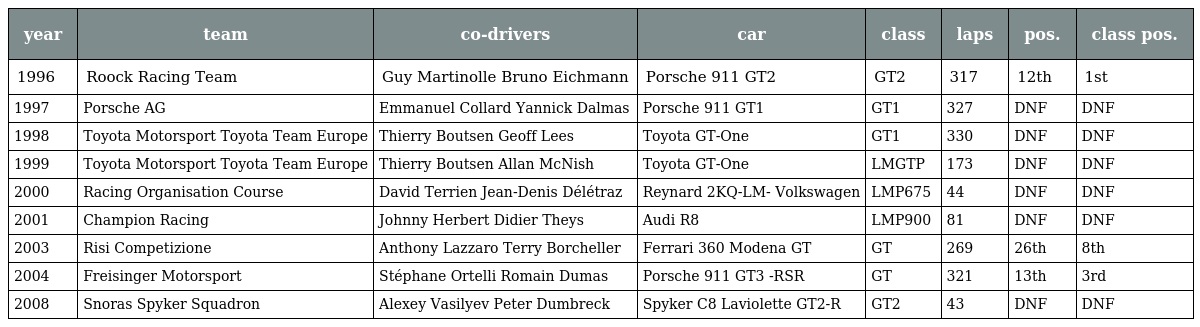
| year | team | co-drivers | car | class | laps | pos. | class pos. |
 | --- | --- | --- | --- | --- | --- | --- | --- |
 | 1996 | Roock Racing Team | Guy Martinolle Bruno Eichmann | Porsche 911 GT2 | GT2 | 317 | 12th | 1st |
 | 1997 | Porsche AG | Emmanuel Collard Yannick Dalmas | Porsche 911 GT1 | GT1 | 327 | DNF | DNF |
 | 1998 | Toyota Motorsport Toyota Team Europe | Thierry Boutsen Geoff Lees | Toyota GT-One | GT1 | 330 | DNF | DNF |
 | 1999 | Toyota Motorsport Toyota Team Europe | Thierry Boutsen Allan McNish | Toyota GT-One | LMGTP | 173 | DNF | DNF |
 | 2000 | Racing Organisation Course | David Terrien Jean-Denis Délétraz | Reynard 2KQ-LM- Volkswagen | LMP675 | 44 | DNF | DNF |
 | 2001 | Champion Racing | Johnny Herbert Didier Theys | Audi R8 | LMP900 | 81 | DNF | DNF |
 | 2003 | Risi Competizione | Anthony Lazzaro Terry Borcheller | Ferrari 360 Modena GT | GT | 269 | 26th | 8th |
 | 2004 | Freisinger Motorsport | Stéphane Ortelli Romain Dumas | Porsche 911 GT3 -RSR | GT | 321 | 13th | 3rd |
 | 2008 | Snoras Spyker Squadron | Alexey Vasilyev Peter Dumbreck | Spyker C8 Laviolette GT2-R | GT2 | 43 | DNF | DNF |